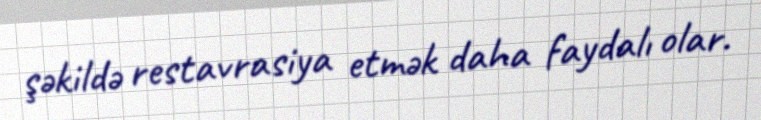
şəkildə restavrasiya etmək daha faydalı olar.